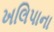
ખલિપાના